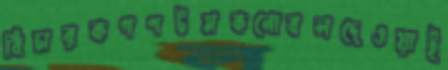
বিচারকগণটমকনোবলদেওয়াই